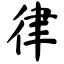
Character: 律